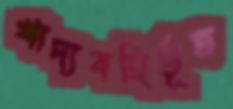
খাদ্যবহির্ভূত